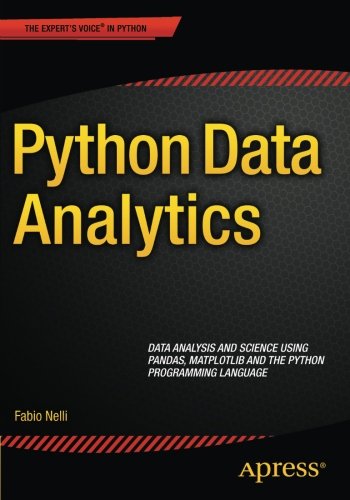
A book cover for Python Data Analytics; Fabio Nelli; Computers & Technology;